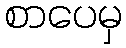
စာပေမှ